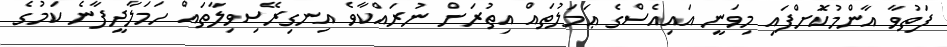
ފަތުވާ އާންމުކޮަށްފައި މިވަނީ އައިއެސްގެ ޢަމަލުތައް އިތުރަށް ނުރައްކާވެ އިނގިރޭސިވިލާތައް ހަމަލާދީފާނެ ކަމުގެ